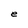
Character: e